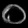
Digit: ၀